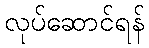
လုပ်ဆောင်ရန်